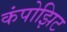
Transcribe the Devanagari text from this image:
कंपोझिट